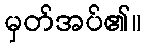
မှတ်အပ်၏။